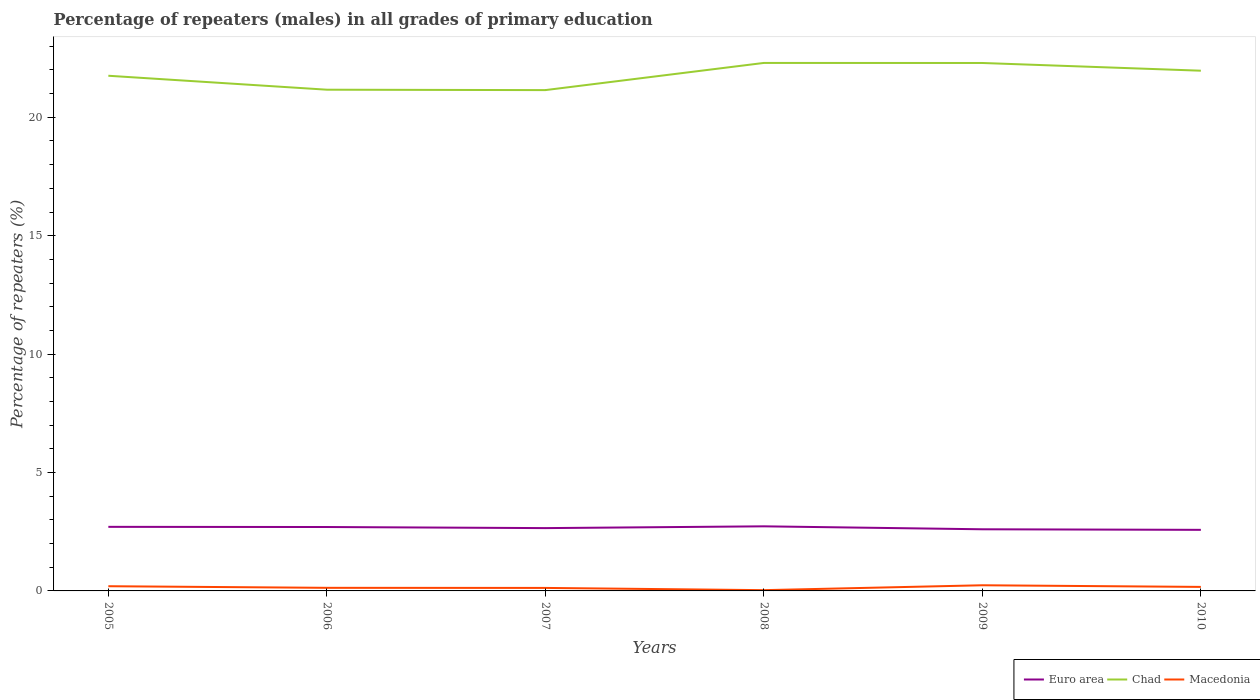
| Years | Euro area | Chad | Macedonia |
 | --- | --- | --- | --- |
 | 2005 | 2.71 | 21.8 | 0.198 |
 | 2006 | 2.7 | 21.2 | 0.13 |
 | 2007 | 2.65 | 21.1 | 0.126 |
 | 2008 | 2.73 | 22.3 | 0.032 |
 | 2009 | 2.6 | 22.3 | 0.239 |
 | 2010 | 2.58 | 22 | 0.17 |